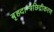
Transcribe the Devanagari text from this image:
बृहदान्त्रछिद्रीकरण